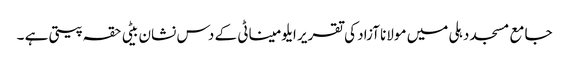
جامع مسجد دہلی میں مولانا آزاد کی تقریر	ایلومیناٹی کے دس نشان	بیٹی حقہ پیتی ہے ۔